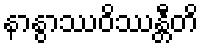
နာနွာဿဝိဿန္တီတိ